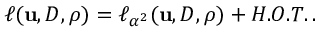
\ell ( { \mathbf { u } } , { D } , \rho ) = \ell _ { \alpha ^ { 2 } } ( { \mathbf { u } } , { D } , \rho ) + H . O . T . \, .